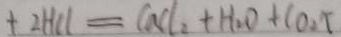
+ 2 H C l = C a C l _ { 2 } + H _ { 2 } O + C O _ { 2 } \uparrow